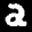
Label: 2